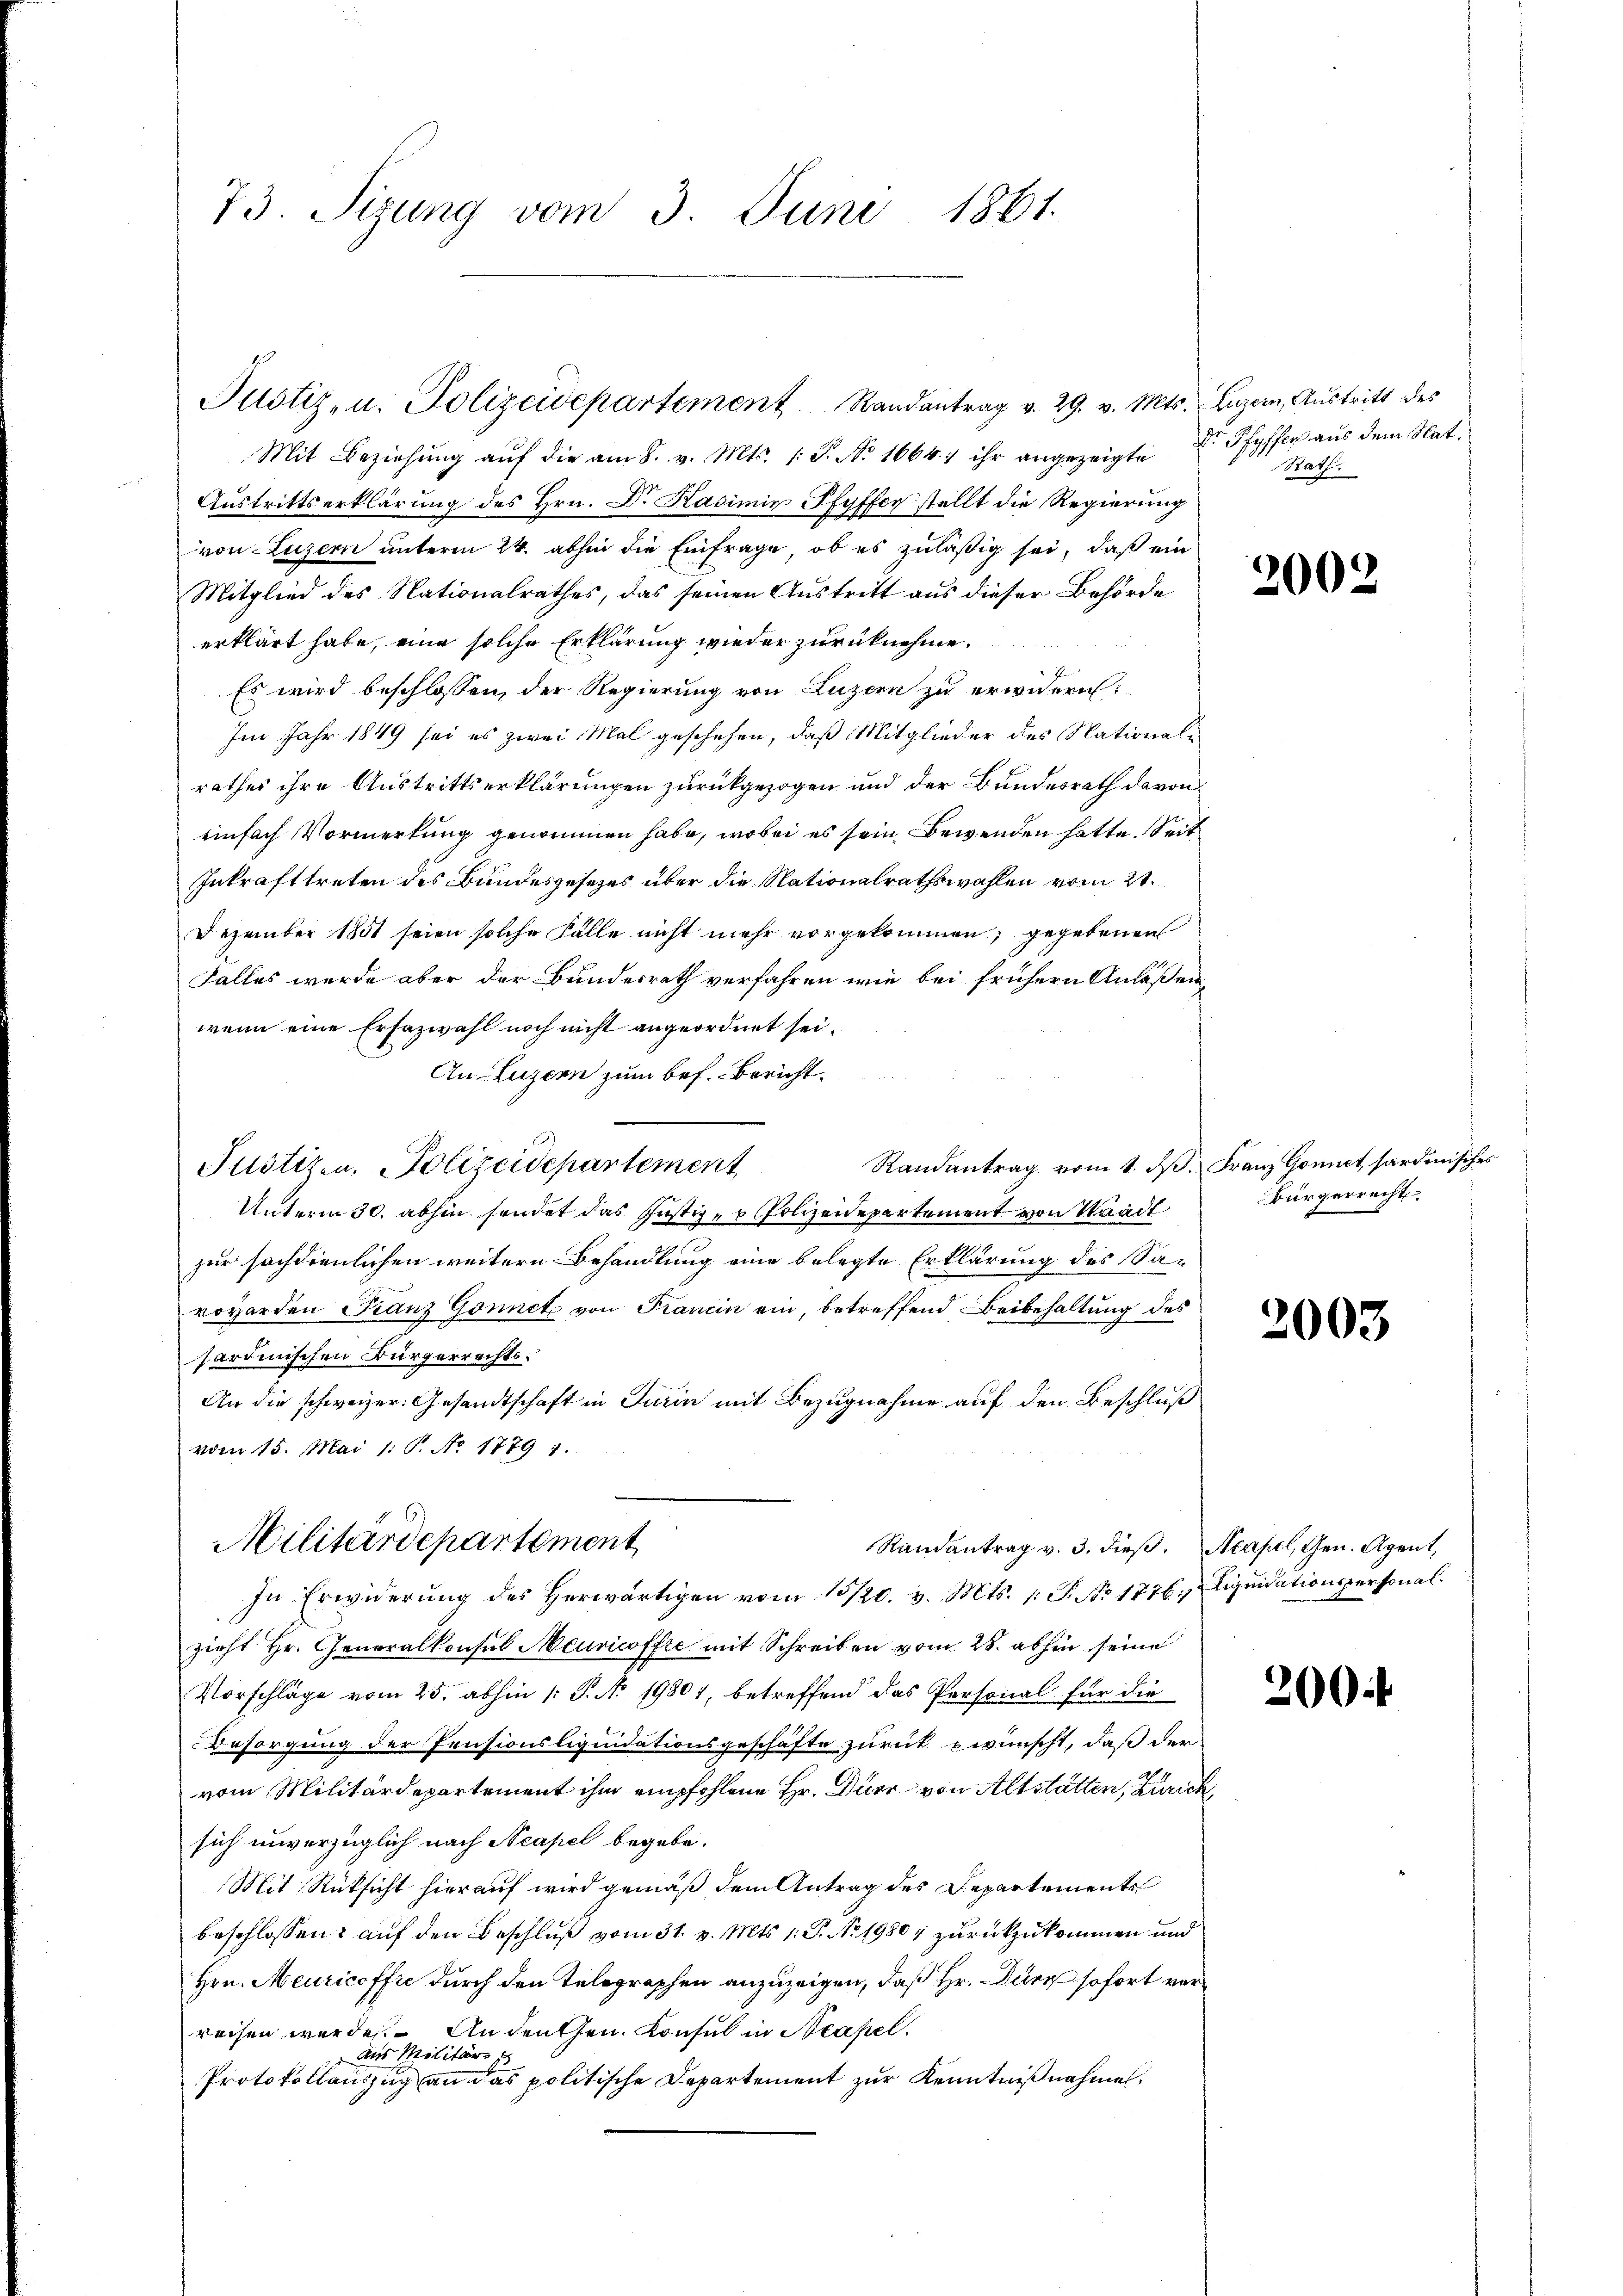
73. Sizung vom 3. Juni 1861.

Mit Beziehung auf die am 8. v. Mts. (T. No. 1664; ihr angezeigte Pfyffer aus dem Rat.
Austrittserklärung des Hrn. Dr. Kasimir Pfyffer stellt die Regierung
von Luzern unterm 24. abhin die Einfrage, ob es zuläßig sei, daß ein
Mitglied des Nationalrathes, das seinen Austritt aus dieser Behörde
erklärt habe, eine solche Erklärung wieder zurücknehme.
Es wird beschlossen, der Regierung von Luzern zu erwidern:
Im Jahr 1849 sei es zwei Mal geschehen, daß Mitglieder des Nationalrathes ihre Austrittserklärungen zurückgezogen und der Bundesrath davon
einfach Vormerkung genommen habe, wobei es sein Bewenden hatte. Seit
Inkrafttreten des Bundesgesezes über die Nationalrathswahlen vom 21.
Dezember 1851 seien solche Fälle nicht mehr vorgekommen; gegebenen
Falles wurde aber der Bundesrath verfahren wie bei frühern Anlaßenwenn eine Ersazwahl noch nicht angeordnet sei.
An Luzern zum bes. Bericht
Randantrag vom 1. dβ. Franz Gönnet, sartinisches
Justizen. Polizeidepartement
Unterm 30. abhin sendet das Justiz- u Polizeidepartement von Waadt
zur sochdienlichen weitern Behandlung eine belegte Erklärung des Savovorden Franz Gönnet von Francin ein, betreffend Beibehaltung des
sardinischen Bürgerrechts¬
An die schweizer. Gesandtschaft in Turin mit Bezugnahme auf den Beschluß
vom 15. Mai 1: P. No 1779 1.
Militärdepartement
Randantrag v. 3. dieß. Acapil, Gen. Agent,
In Erwiderung des Herwärtigen vom 15/20. v. Mts. 1. P. No 1776. Liquidationspersonalzieht Hr. Generalkonsul Meuricoffte mit Schreiben vom 28. abhin seine
Vorschläge vom 25. abhin 1 S. N. 19801, betreffend das Personal für die
Besorgung der Pensionsliquidationsgeschäfte zurük u wünscht, daß der
vom Militärdepartement ihm empfohlene Hr. Dürr von Altstätten, Zürich,
sich unverzüglich nach Neapel begebe.
Mit Rücksicht hierauf wird gemäß dem Antrag des Departements
beschlossen: auf den Beschluß vom 31. v. Mts. 1. P. No. 1980, zurückzukommen und
Hrn. Meuricoffre durch den Telegraphen anzuzeigen, daß Hr. Durch sofort verreisen werden. An den Gen. Konsul in Neapel
 Das Militäre i
Protokollauszug an das politische Departement zur Kenntnißnahmen,

Justiz- u. Polizeidepartement. Randantrag v. 29. v. Mts. Luzern, Austritt des

Rath.

200.

Bürgerrecht.

200.

200f